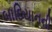
બાદિયાનની